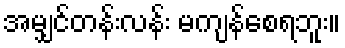
အမျှင်တန်းလန်း မကျန်စေရဘူး။